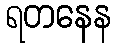
ရတနေန